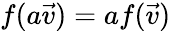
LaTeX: f(a{\vec{v}})=af({\vec{v}})